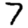
Digit: 7